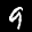
Digit: 9